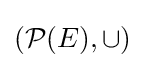
({\mathcal {P}}(E),\cup )